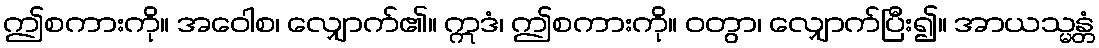
ဤစကားကို။ အဝေါစ၊ လျှောက်၏။ ဣဒံ၊ ဤစကားကို။ ဝတွာ၊ လျှောက်ပြီး၍။ အာယသ္မန္တံ